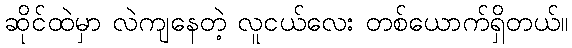
ဆိုင်ထဲမှာ လဲကျနေတဲ့ လူငယ်လေး တစ်ယောက်ရှိတယ်။